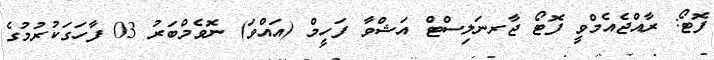
ފޮޓޯ: ރާއްޖެއެމްވީ ފޮޓޯ ޖާރނަލިސްޓް އަޝްވާ ފަހީމް (އައްވަ) ނޮވެމްބަރު 03 ފާހަގަކުރުމުގެ